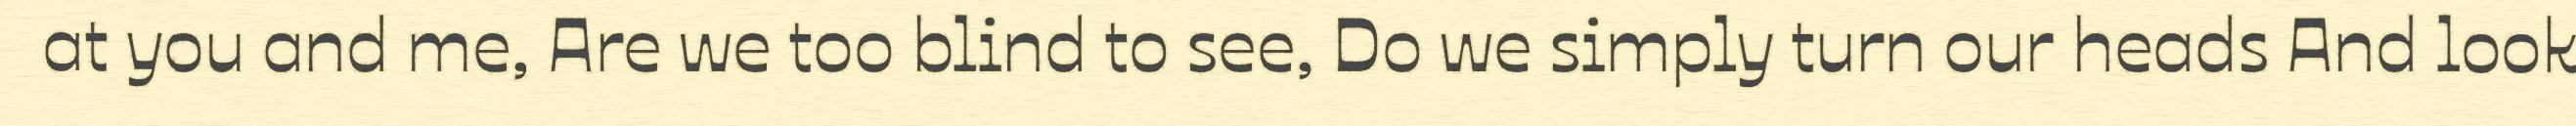
at you and me, Are we too blind to see, Do we simply turn our heads And look